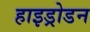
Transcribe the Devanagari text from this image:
हाइड्रोडन